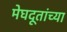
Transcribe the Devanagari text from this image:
मेघदूतांच्या